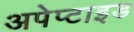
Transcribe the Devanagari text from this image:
अपेप्टाइड